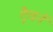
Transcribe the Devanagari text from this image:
ट्रैवर्न